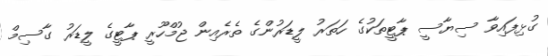
ގުޅިފައިވާ ސިޔާސީ ޕާޓީތަކުގެ ހަތަރު ލީޑަރުންގެ ތެރެއިން ޖުމްހޫރީ ޕާޓީގެ ލީޑަރު ގާސިމް